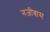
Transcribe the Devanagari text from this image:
नजीबास